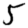
Digit: 5